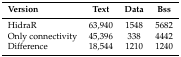
| Version | Text | Data | Bss |
 | --- | --- | --- | --- |
 | HidraR | 63,940 | 1548 | 5682 |
 | Only connectivity | 45,396 | 338 | 4442 |
 | Difference | 18,544 | 1210 | 1240 |